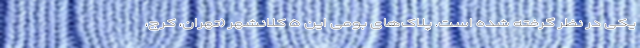
یکی در نظر گرفته شده است. پلاک‌های بومی این ۵ کلانشهر (تهران، کرج،